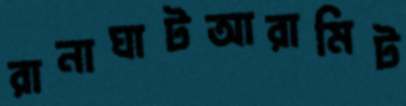
রানাঘাটআরামিট